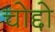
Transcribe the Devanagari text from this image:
चोद्दो